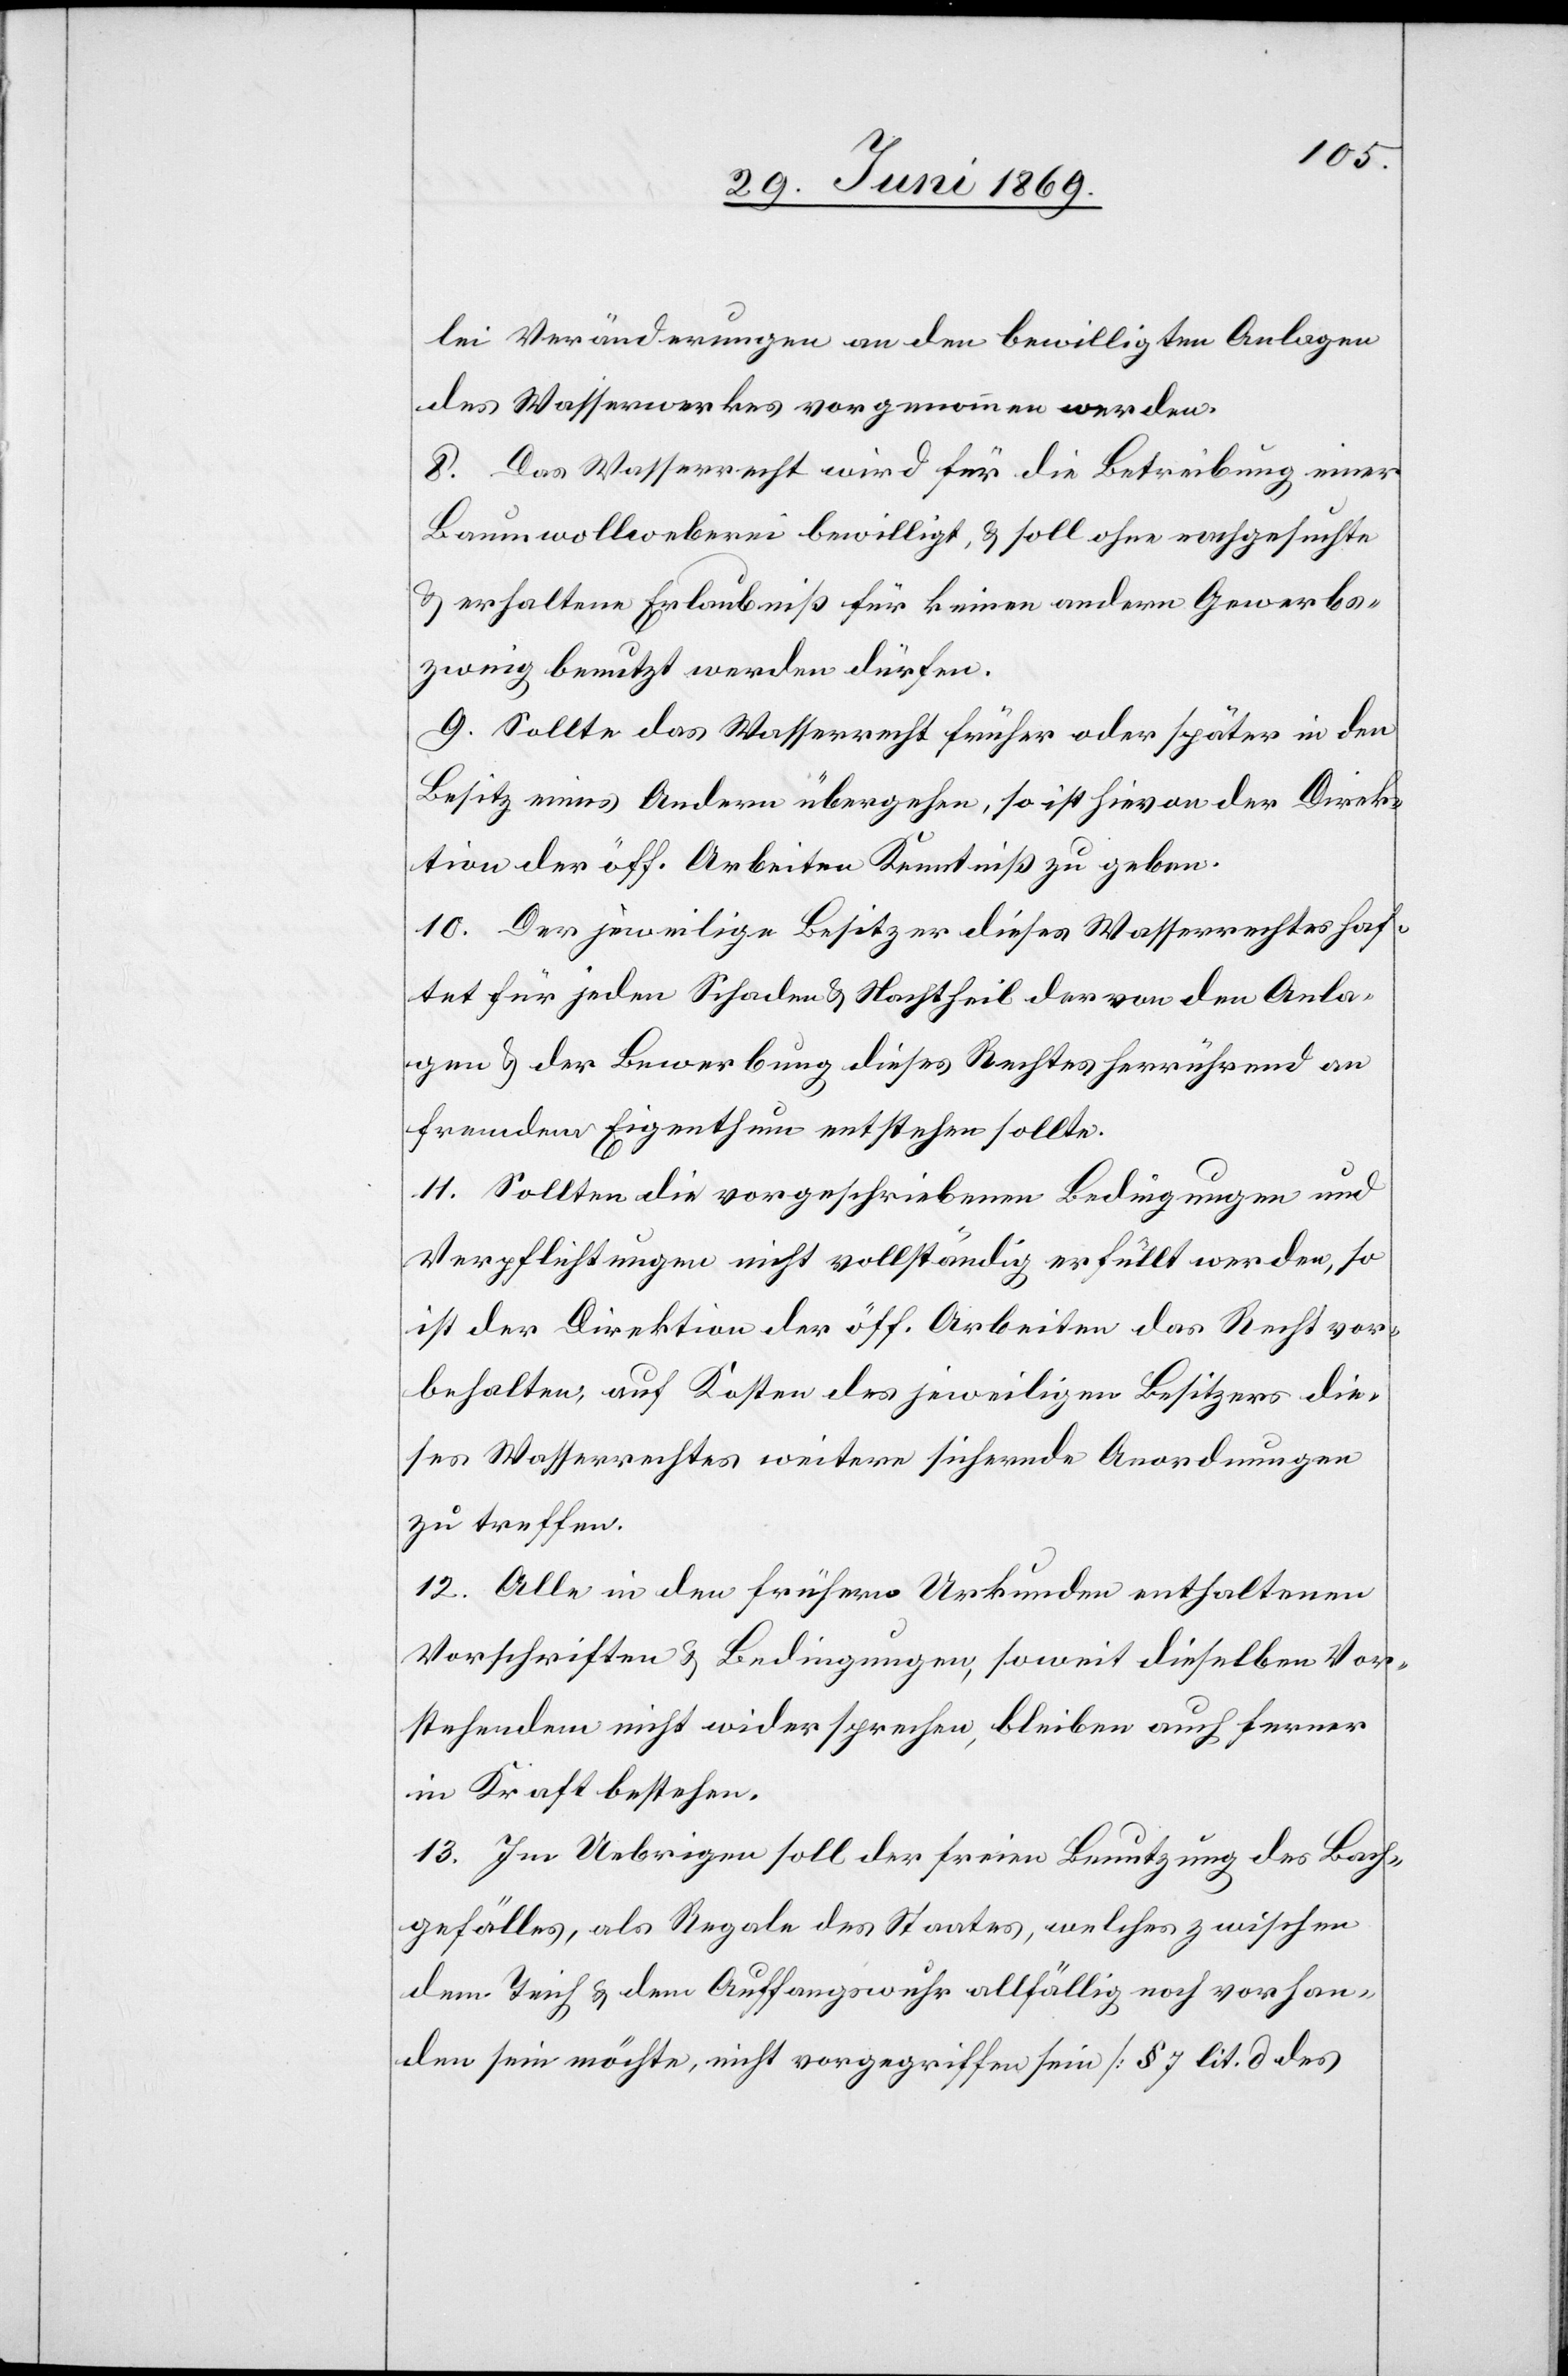
lei Veränderungen an den bewilligten Anlagen
des Wasserwerkes vorgenommen werden.
8. Das Wasserrecht wird für die Betreibung einer
Baumwollenweberei bewilligt, u. soll ohne nachgesuchte
u. erhaltene Erlaubniß für keinen andern Gewerbs¬
zweig benutzt werden dürfen.
9. Sollte das Wasserrecht früher oder später in den
Besitz eines Andern übergehen, so ist hievon der Direk¬
tion der öff. Arbeiten Kenntniß zu geben.
10. Der jeweilige Besitzer dieses Wasserrechtes haf¬
tet für jeden Schaden u. Nachtheil der von den Anla¬
gen u. der Bewerbung dieses Rechtes herrührend an
fremdem Eigenthum entstehen sollte.
11. Sollten die vorgeschriebenen Bedingungen und
Verpflichtungen nicht vollständig erfüllt werden, so
ist der Direktion der öff. Arbeiten das Recht vor¬
behalten, auf Kosten des jeweiligen Besitzers die¬
ses Wasserrechtes weitere sichernde Anordnungen
zu treffen.
12. Alle in den frühern Urkunden enthaltenen
Vorschriften u. Bedingungen, soweit dieselben Vor¬
stehenden nicht widersprechen, bleiben auch ferner
in Kraft bestehen.
13. Im Uebrigen soll der freien Benutzung des Bach¬
gefälles, als Regale des Staates, welches zwischen
dem Teich u. dem Auffangswuhr allfällig noch vorhan¬
den sein möchte, nicht vorgegriffen sein [§ 7 lit. d des